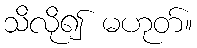
သိလို၍ မဟုတ်။